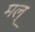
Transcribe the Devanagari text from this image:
मल्